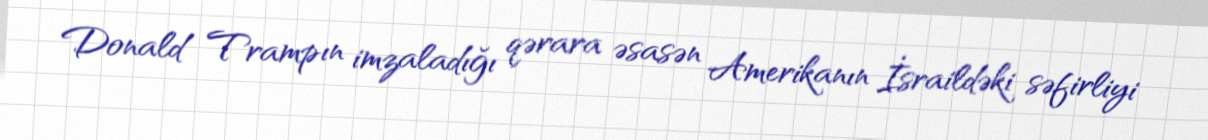
Donald Trampın imzaladığı qərara əsasən Amerikanın İsraildəki səfirliyi